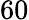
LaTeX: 60